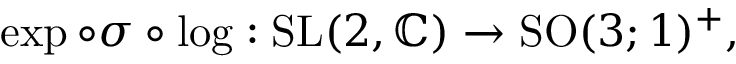
\exp \circ \sigma \circ \log : { \mathrm { S L } } ( 2 , \mathbb { C } ) \to { \mathrm { S O } } ( 3 ; 1 ) ^ { + } ,